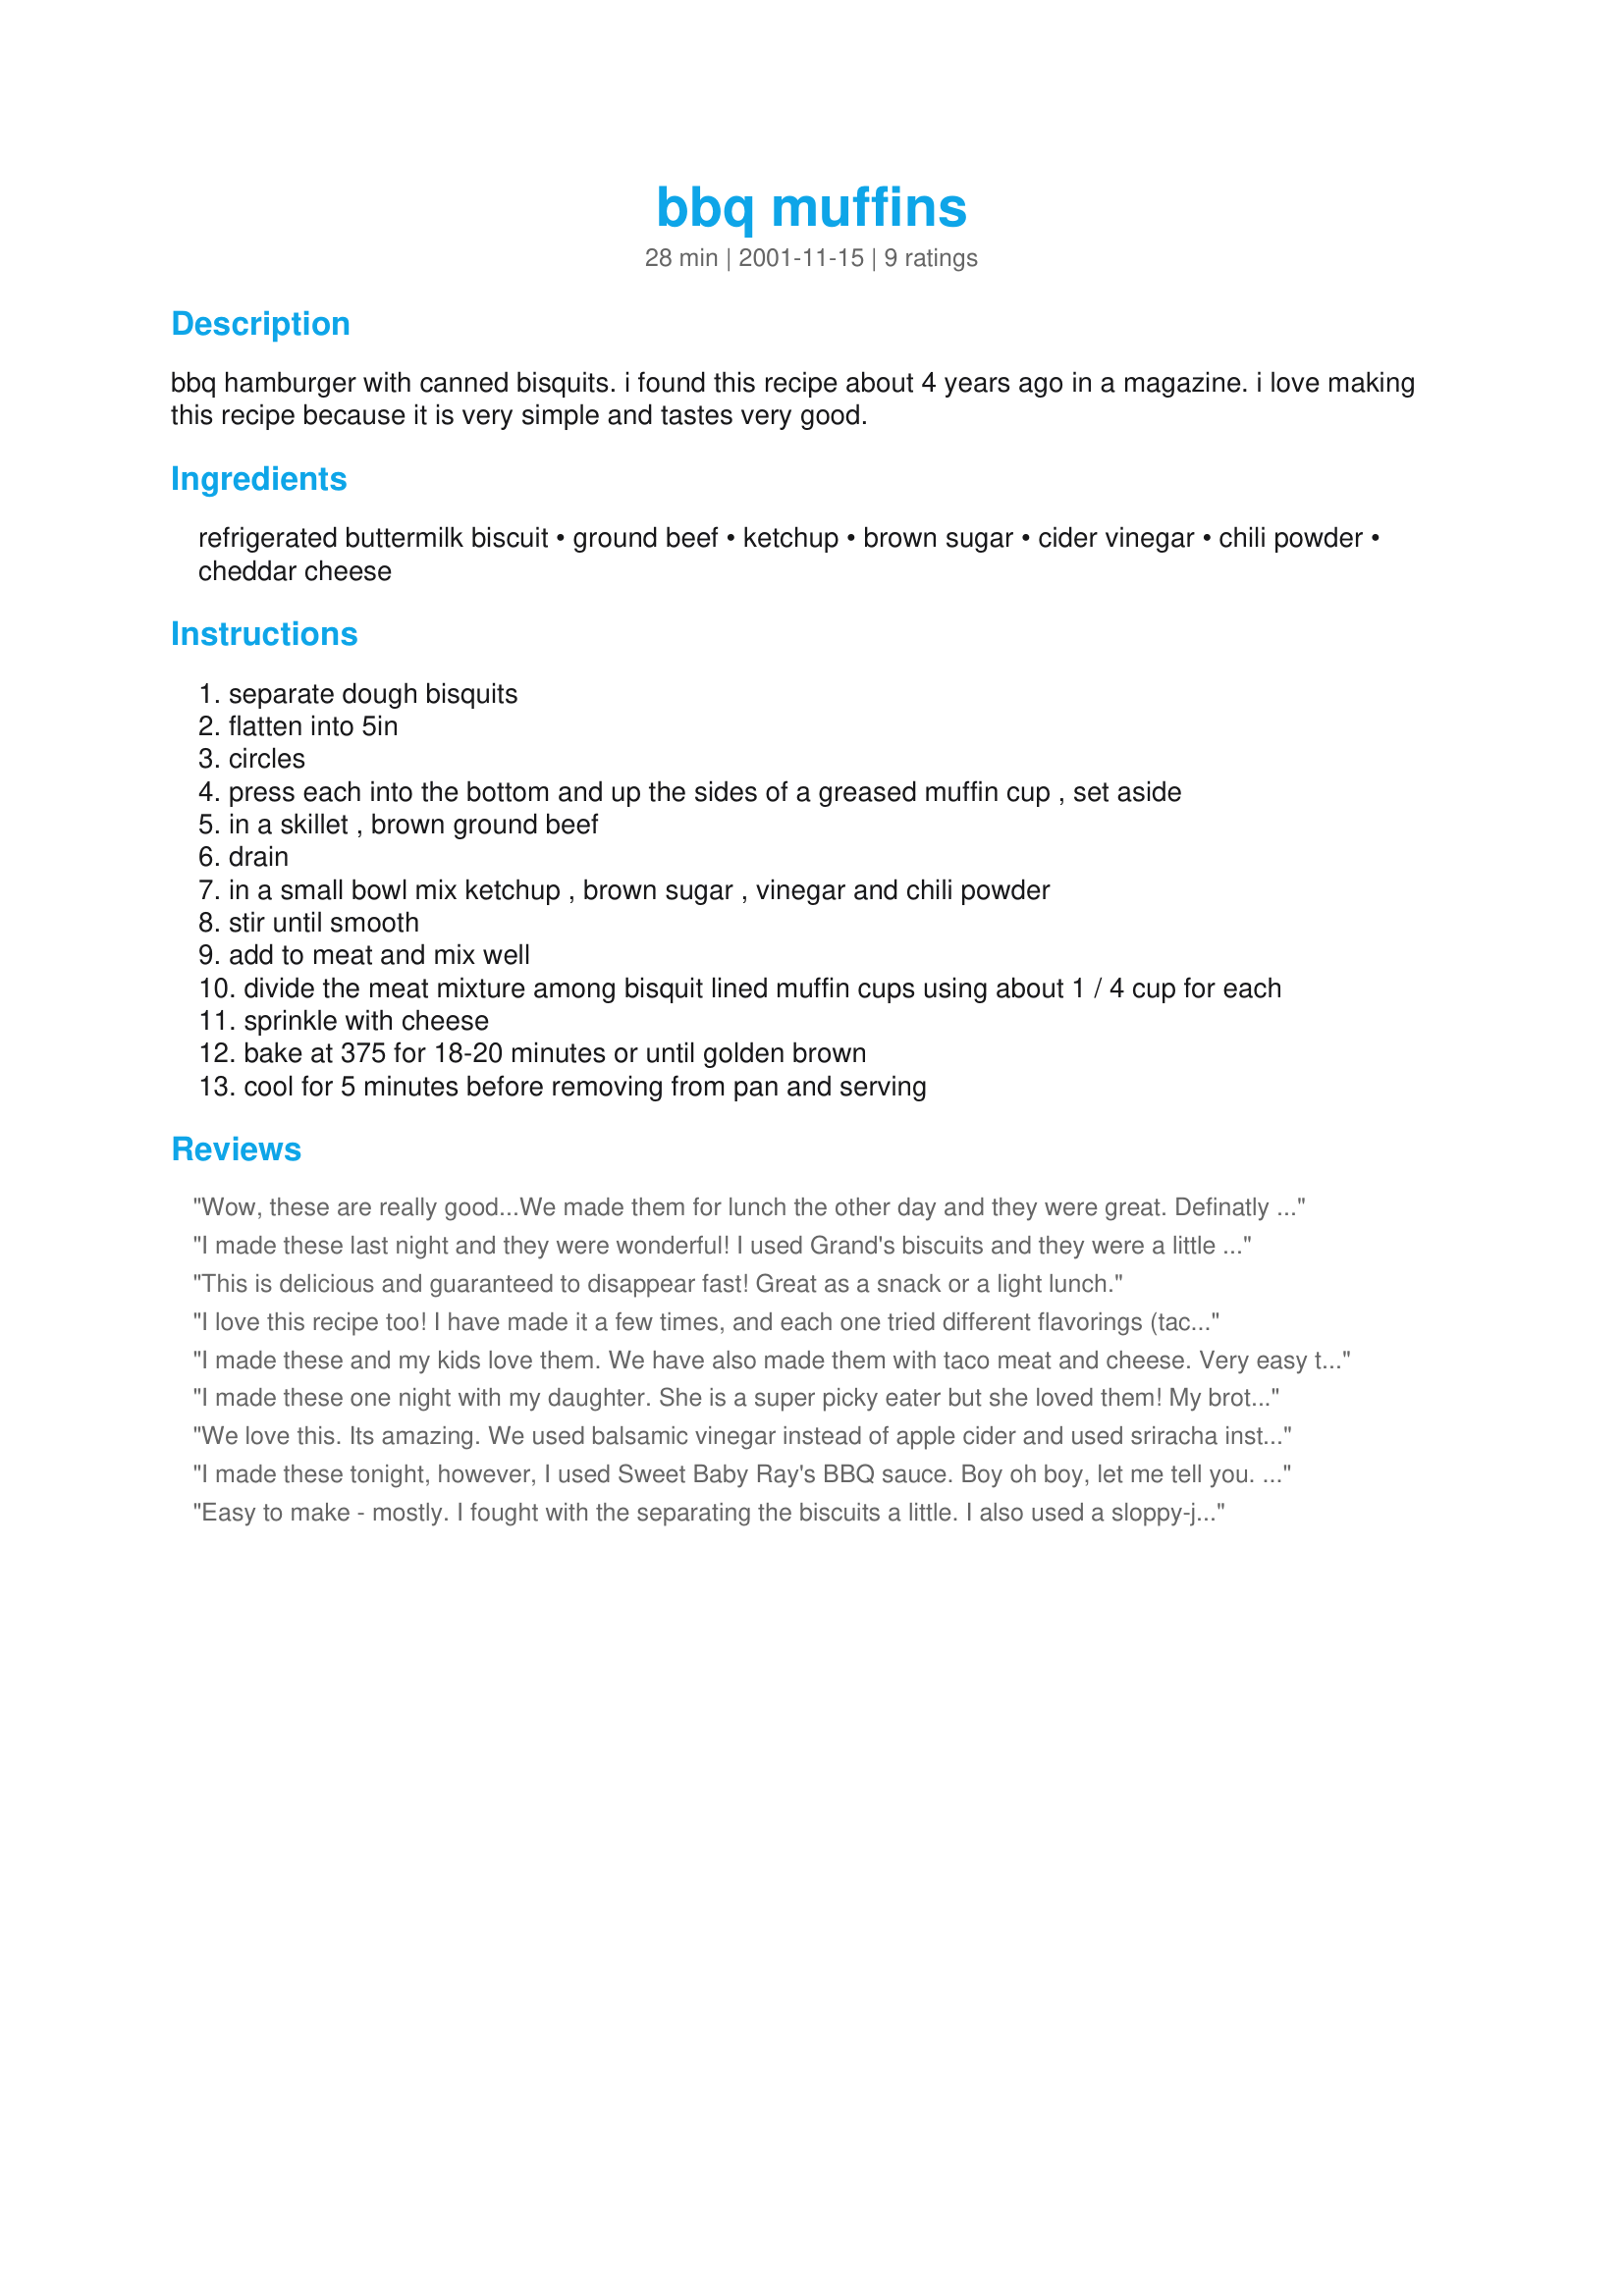
bbq muffins
Preparation time: 28 minutes

bbq hamburger with canned bisquits. i found this recipe about 4 years ago in a magazine. i love making this recipe because it is very simple and tastes very good.

Ingredients:
refrigerated buttermilk biscuit, ground beef, ketchup, brown sugar, cider vinegar, chili powder, cheddar cheese

Steps:
separate dough bisquits
flatten into 5in
circles
press each into the bottom and up the sides of a greased muffin cup , set aside
in a skillet , brown ground beef
drain
in a small bowl mix ketchup , brown sugar , vinegar and chili powder
stir until smooth
add to meat and mix well
divide the meat mixture among bisquit lined muffin cups using about 1 / 4 cup for each
sprinkle with cheese
bake at 375 for 18-20 minutes or until golden brown
cool for 5 minutes before removing from pan and serving

Reviews:
Wow, these are really good...We made them for lunch the other day and they were great.
Definatly something I will make a lot. Can mix hamburg with many other things as well I think...
thanks for the recipe
I made these last night and they were wonderful! I used Grand's biscuits and they were a little too big for the muffin tins, but they still tasted wonderful! I will definitely be making these again! Thanks for the recipe!
This is delicious and guaranteed to disappear fast! Great as a snack or a light lunch.
I love this recipe too! I have made it a few times, and each one tried different flavorings (taco, chinese 5 star, onion). Thanks for contributing this to zaar! :)
I made these and my kids love them. We have also made them with taco meat and cheese. Very easy to make and clean up.
I made these one night with my daughter. She is a super picky eater but she loved them! My brother had also came over that night and helped himself to three of them and exclaimed that they were'awesome'.

Thanks for a super tasty and super easy recipe.
We love this. Its amazing. We used balsamic vinegar instead of apple cider and used sriracha instead of chili powder and it was to die for.
I made these tonight, however, I used Sweet Baby Ray's BBQ sauce. Boy oh boy, let me tell you. These are the about the tastiest little things I have ever put in my mouth. I even used generic, store brand biscuits and they turned out just delightful. Even picky DBF loved them. He said these were about the best thing I ever made. This recipe deserves more than 5 stars thats for darn sure!! Thanks for posting!
Easy to make - mostly. I fought with the separating the biscuits a little. I also used a sloppy-joe recipe instead of the vinegar/chili thing which proves how versatile you can be! These are a snap to make and very, very good. Be nice for an appetizer (smaller muffin pan) or happnin' shin-dig!
